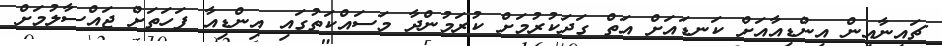
ޗައިނާއިން އިންޑިއާއަށް ކަނޑައަށް އަތް ގަދަކުރުމަށް ކުރަމުންދާ މަސައްކަތުގައި އިންޑިއާ ފަހަތަށް ޖައްސާލުމަށް